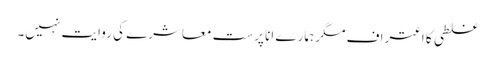
غلطی کا اعتراف مگر ہمارے انا پرست معاشرے کی روایت نہیں۔